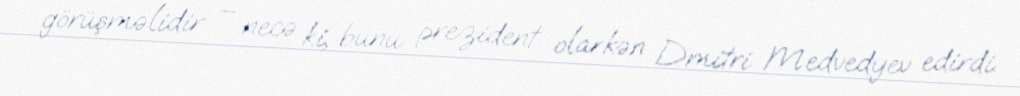
görüşməlidir – necə ki, bunu prezident olarkən Dmitri Medvedyev edirdi.